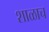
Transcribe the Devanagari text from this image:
शाळाच